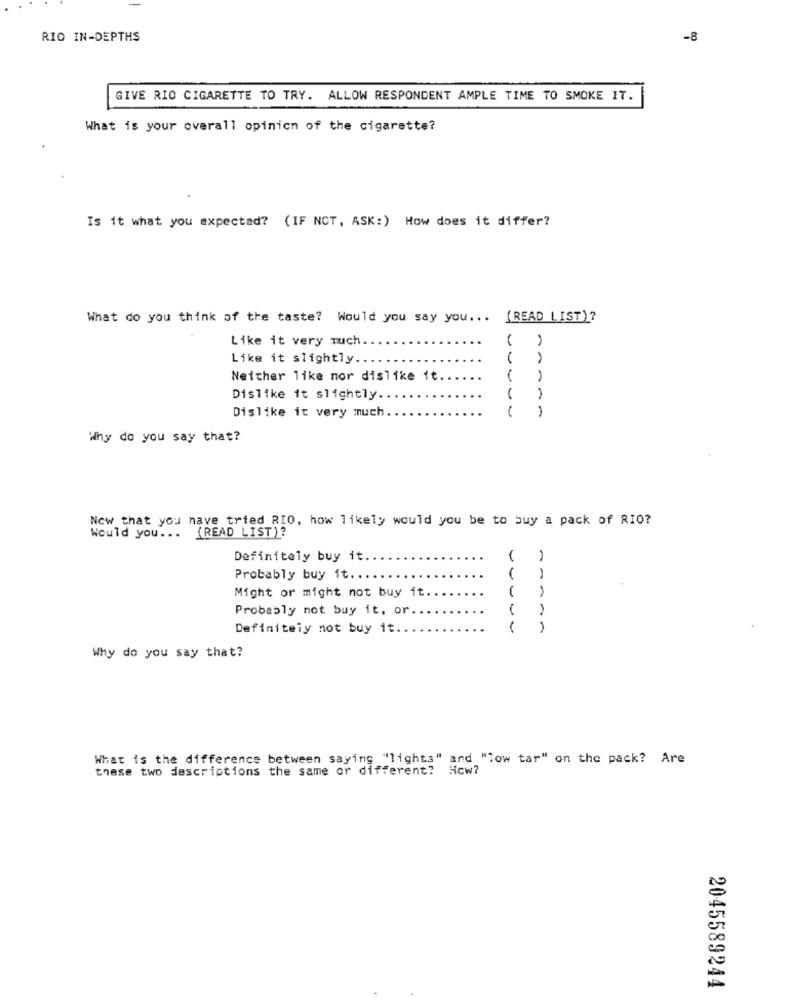
RIO IN-DEPTHS
-8
GIVE RIO CIGARETTE TO TRY. ALLOW RESPONDENT AMPLE TIME TO SMOKE IT.
What is your overall opinion of the cigarette?
Is it what you expectad? (IF NOT, ASK:) How does it differ?
What do you think of the taste? Would you say you ...
(READ LIST)?
Like it very much.
Like it slightly ..
Neither like nor dislike it.
Dislike it slightly ..
Dislike it very much
Why do you say that?
Now that you have tried RIO, how likely would you be to buy a pack of RIO?
Would you ... (READ LIST)?
Definitely buy it.
Probably buy it ...
Might or might not buy it.
--
Probably not buy it, or
Definitely not buy it.
----
Why do you say that?
What is the difference between saying "lights" and "Tow tar" on the pack? Are
these two descriptions the same or different? How?
2045589244